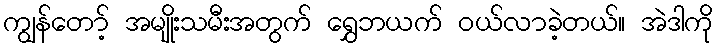
ကျွန်တော့် အမျိုးသမီးအတွက် ရွှေဘယက် ဝယ်လာခဲ့တယ်။ အဲဒါကို